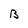
Character: B